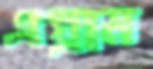
এগ্রাম